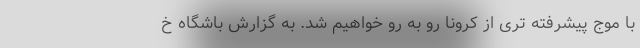
با موج پیشرفته تری از کرونا رو به رو خواهیم شد. به گزارش باشگاه خ